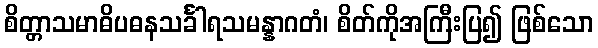
စိတ္တာသမာဓိပဓနသင်္ခါရသမန္နာဂတံ၊ စိတ်ကိုအကြီးပြ၍ ဖြစ်သော